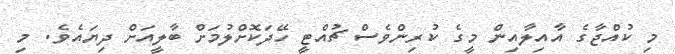
މި ކުއްޖާގެ އާއިލާއިން މީގެ ކުރިންވެސް ޗުއްޓީ ހޭދަކޮށްލުމަށް ބާލީއަށް ދިޔައެވެ. މި